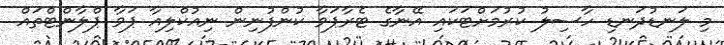
މި ލަނޑުދަނޑި ހާސިލު ކުރުމަށްޓަކައި އޭނާގެ ޓެރާޕަވާ ކުންފުނިން ނިއުކްލިއާ ޕަވާ ޕްލާންޓްތައް